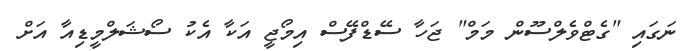
ނަގައި "ގެޓްވެލްސޫން މަމް" ޖަހާ ސޭޑްފޭސް އިމޯޖީ އަކާ އެކު ސޯޝަލްމީޑިއާ އަށް